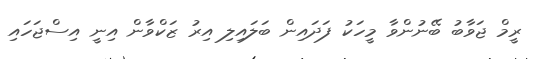
ރީމް ޖަވާބު ބޭނުންވާ މީހަކު ފަދައިން ބަލައިލި އިރު ޒަކްވާން އިނީ އިސްޖަހައި